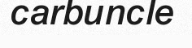
carbuncle